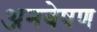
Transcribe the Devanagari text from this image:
अनवेषण